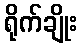
ရိုက်ချိုး